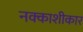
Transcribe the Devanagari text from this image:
नक्काशीकार